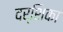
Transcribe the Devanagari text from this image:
दर्शिका